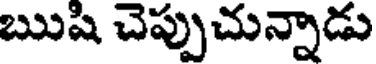
ఋషి చెప్పుచున్నాడు